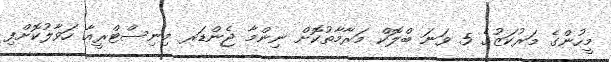
މީހުންގެ މަރުކަޒުގެ 5 ވަނަ ބްލޮކް މަރާމާތުކޮށް ނިންމާ ޖެންޑަރ މިނިސްޓްރީއާ ހަވާލުކޮށްފި